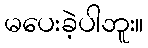
မပေးခဲ့ပါဘူး။